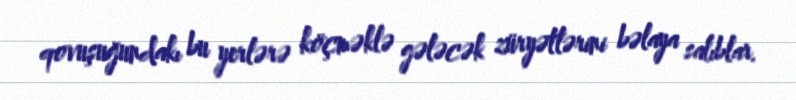
qovuşuğundakı bu yerlərə köçməklə gələcək züryətlərini bəlaya salıblar.